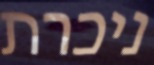
ניכרת